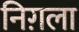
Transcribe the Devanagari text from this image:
निग़ला